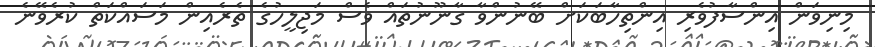
މިނިވަން އިންސާފުވެރި އިންތިހާބަކަށް ބޭނުންވާ ގާނޫނުތައް ވެސް މަޖިލީހުގެ ތެރެއިން މަސައްކަތް ކުރެވޭނެ